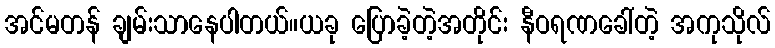
အင်မတန် ချမ်းသာနေပါတယ်။ယခု ပြောခဲ့တဲ့အတိုင်း နီဝရဏခေါ်တဲ့ အကုသိုလ်